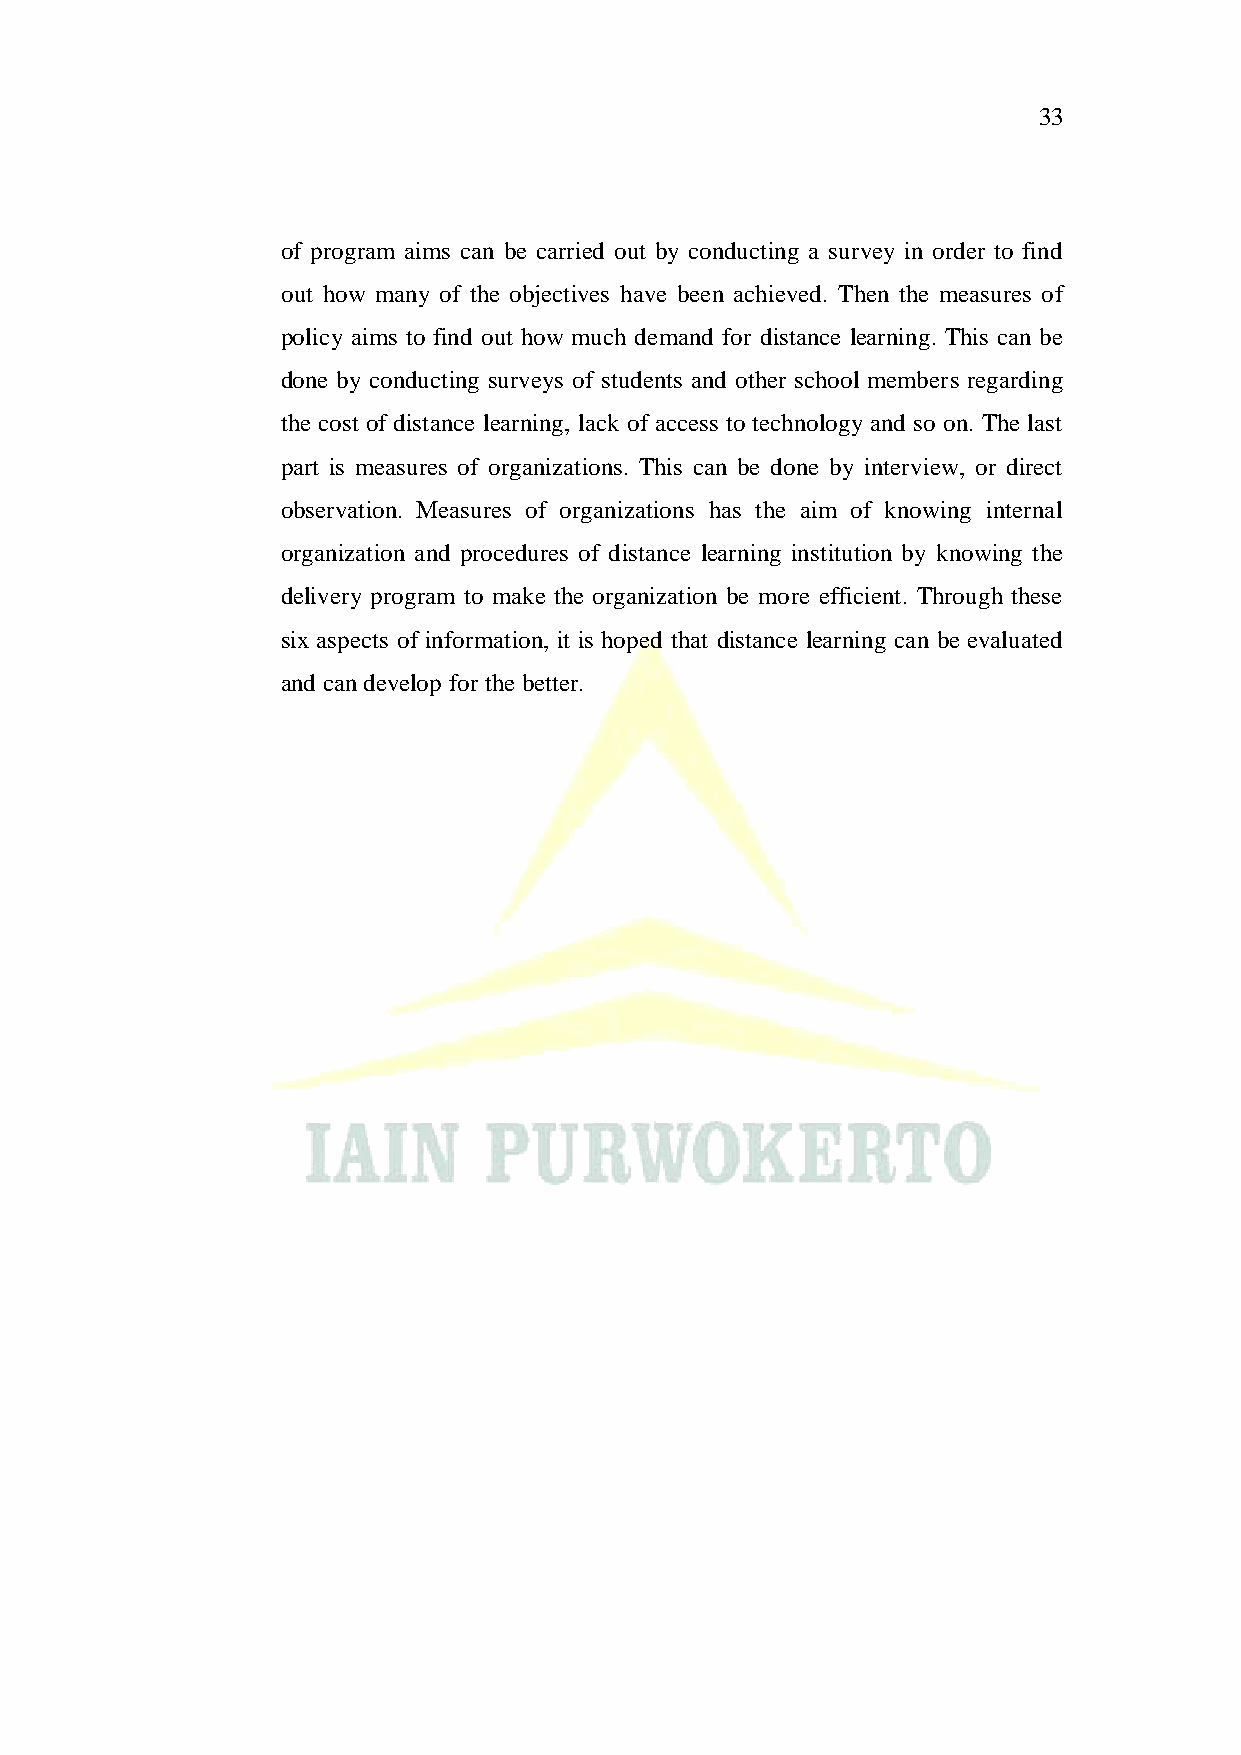
33
 of program aims can be carried out by conducting a survey in order to find
 out how many of the objectives have been achieved. Then the measures of
 policy aims to find out how much demand for distance learning. This can be
 done by conducting surveys of students and other school members regarding
 the cost of distance learning, lack of access to technology and so on. The last
 part is measures of organizations. This can be done by interview, or direct
 observation. Measures of organizations has the aim of knowing internal
 organization and procedures of distance learning institution by knowing the
 delivery program to make the organization be more efficient. Through these
 six aspects of information, it is hoped that distance learning can be evaluated
 and can develop for the better.